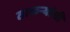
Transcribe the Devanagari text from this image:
ठाकऱ्यांची